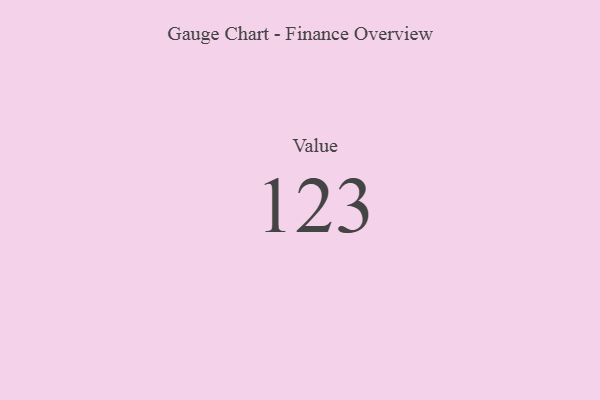
{"axis": {"x": "Metric", "y": "Value"}, "legend": [""], "data": [{"x": "Value", "y": 123, "type": ""}]}